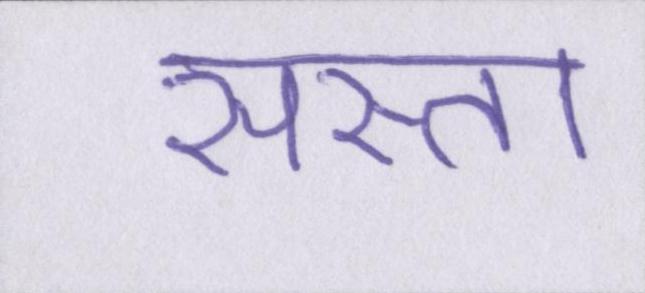
सस्ता